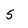
Character: 5